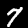
Label: 7